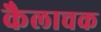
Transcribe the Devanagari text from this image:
कैलाचक